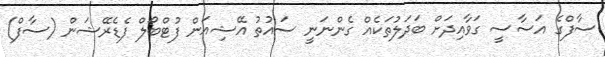
ސާފްގެ އަސާސީ ގަވާއިދަށް ބަދަލުތަކެއް ގެންނަނީ ސައުތު އޭޝިއަން ފުޓްބޯލް ފެޑެރޭޝަން (ސާފް)